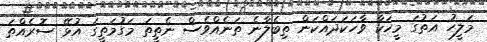
މަލީހު އަތުގަ މީހަކާ ވާހަކަދައްކަން ތިބެލާނެ ތަނެއްވެސް ނެތީތަ މަގުމަތީގަ އުޅޭ ސޮރެއްތަ